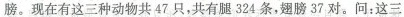
膀。现在有这三种动物共47只，共有腿324条，翅膀37对。问：这三